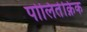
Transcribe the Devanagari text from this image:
पोलितेक्निक